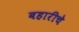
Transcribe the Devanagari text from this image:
बहारीचे